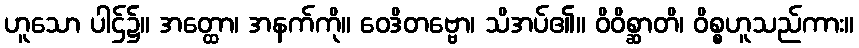
ဟူသော ပါဌ်၌။ အတ္ထော၊ အနက်ကို။ ဝေဒိတဗ္ဗော၊ သိအပ်၏။ ဝိဝိစ္ဆာတိ၊ ဝိစ္စဟူသည်ကား။